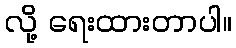
လို့ ရေးထားတာပါ။